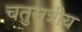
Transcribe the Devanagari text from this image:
चतुसुत्रीय